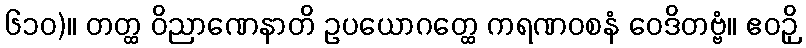
၆၁၀)။ တတ္ထ ဝိညာဏေနာတိ ဥပယောဂတ္ထေ ကရဏဝစနံ ဝေဒိတဗ္ဗံ။ ဧဝဉှိ